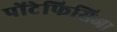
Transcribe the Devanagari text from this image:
पोंटेफिसिआ